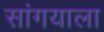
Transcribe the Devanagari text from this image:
सांगयाला